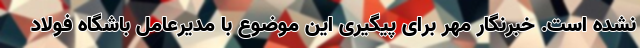
نشده است. خبرنگار مهر برای پیگیری این موضوع با مدیرعامل باشگاه فولاد